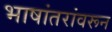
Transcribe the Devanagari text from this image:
भाषांतरांवरून